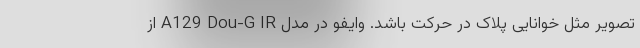
تصویر مثل خوانایی پلاک در حرکت باشد. وایفو در مدل A129 Dou-G IR از